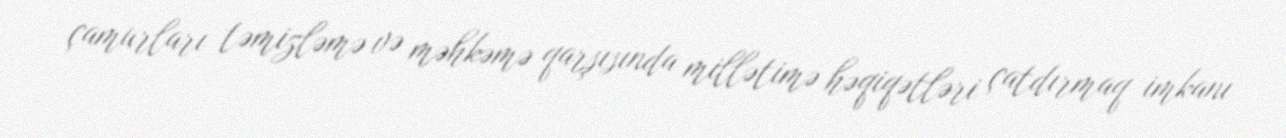
çamurları təmizləmə və məhkəmə qarşısında millətimə həqiqətləri çatdırmaq imkanı